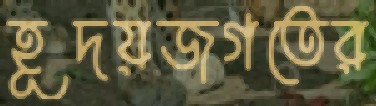
হূদয়জগতের